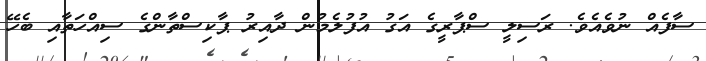
ސާފެއް ނުވެއެވެ. ރަސިލީ ސްޕާރީގެ އަގު އުފުލެމުން ދާއިރު ޕާކިސްތާންގެ ސިއްހަތާއި ބެހޭ